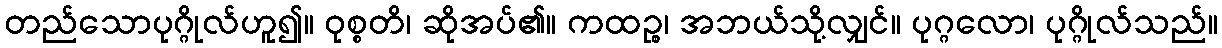
တည်သောပုဂ္ဂိုလ်ဟူ၍။ ဝုစ္စတိ၊ ဆိုအပ်၏။ ကထဉ္စ၊ အဘယ်သို့လျှင်။ ပုဂ္ဂလော၊ ပုဂ္ဂိုလ်သည်။